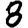
Digit: 8